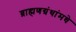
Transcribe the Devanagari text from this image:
ब्राह्मणग्रंथांमधे